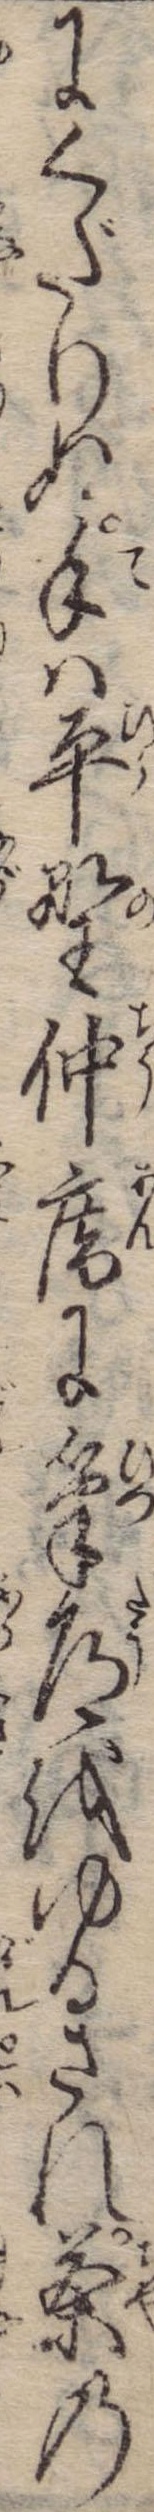
にくだりぬ手は平野仲庵に筆道をゆるされ茶の